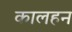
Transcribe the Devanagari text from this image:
कालहन